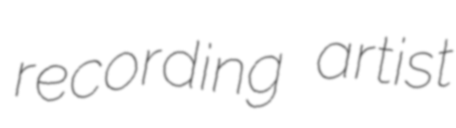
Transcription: recording artist